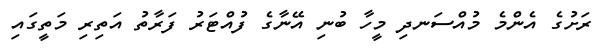
ރަށުގެ އެންމެ މުއްސަނދި މީހާ ބުނި އޭނާގެ ފުއްޓަރު ފަރާތު އަތިރި މަތީގައި